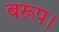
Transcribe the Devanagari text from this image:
बरूप।